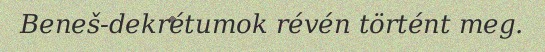
Beneš-dekrétumok révén történt meg.